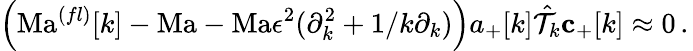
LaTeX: \left(\mathrm{Ma}^{(fl)}[k]-\mathrm{Ma}-\mathrm{Ma}\epsilon^{2}(\partial_{k}^{2}+1/k\partial_{k})\right){a_{+}[k]}\hat{\mathcal{T}}_{k}\mathbf{c}_{+}[k]\approx 0\, .\,